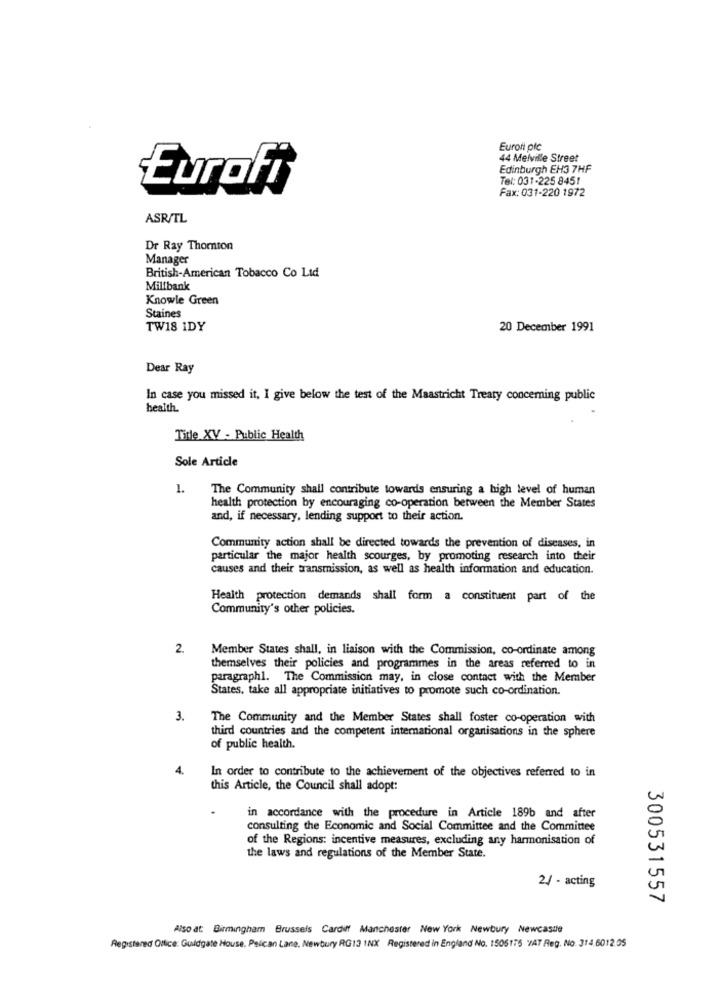
Euroti pic
44 Melville Street
Edinburgh EH3 7HF
Tel: 031-225 8451
EuroFi
Fax: 031-220 1972
ASR/TL
Dr Ray Thomton
Manager
British-American Tobacco Co Ltd
Millbank
Knowle Green
Staines
TW18 1DY
20 December 1991
Dear Ray
In case you missed it, I give below the test of the Maastricht Treaty concerning public
health.
Title XV - Public Health
Sole Article
1.
The Community shall contribute towards ensuring a high level of human
health protection by encouraging co-operation between the Member States
and, if necessary, lending support to their action.
Community action shall be directed towards the prevention of diseases, in
particular the major health scourges, by promoting research into their
causes and their transmission, as well as health information and education.
Health protection demands shall form a constituent part of the
Community's other policies.
2.
Member States shall, in liaison with the Commission, co-ordinate among
themselves their policies and programmes in the areas referred to in
paragraph1. The Commission may, in close contact with the Member
States, take all appropriate initiatives to promote such co-ordination.
3.
The Community and the Member States shall foster co-operation with
third countries and the competent international organisations in the sphere
of public health.
4.
In order to contribute to the achievement of the objectives referred to in
this Article, the Council shall adopt:
in accordance with the procedure in Article 189b and after
consulting the Economic and Social Committee and the Committee
of the Regions: incentive measures, excluding any harmonisation of
the laws and regulations of the Member State.
2/ - acting
300531557
Also at: Birmingham Brussels Cardiff Manchester New York Newbury Newcastle
Registered Office: Guldgate House, Pelican Lane. Newbury RG13 INX Registered in England No. 1505175 '/AT Reg. No. 314.6012.05